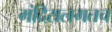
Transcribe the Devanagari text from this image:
मंदिरालगतच